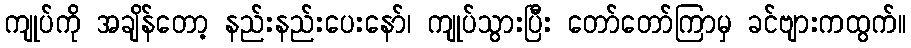
ကျုပ်ကို အချိန်တော့ နည်းနည်းပေးနော်၊ ကျုပ်သွားပြီး တော်တော်ကြာမှ ခင်ဗျားကထွက်။